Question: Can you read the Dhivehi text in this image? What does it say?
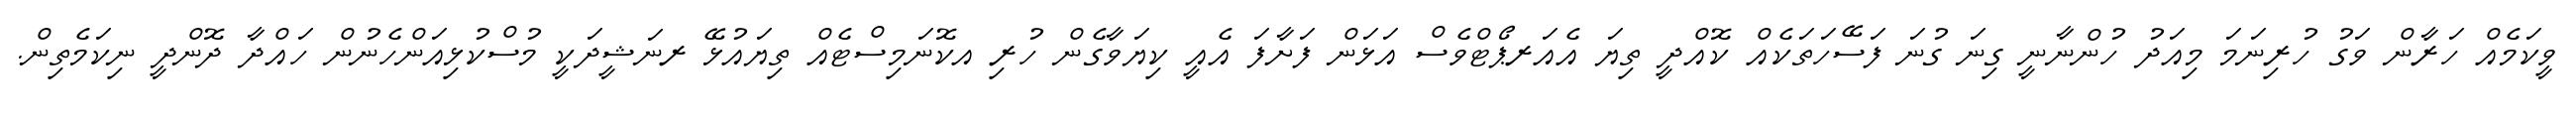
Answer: ވީކަމެއް ހަރާން ވަގު ހުރިނަމަ މިއަދު ހުންނާނީ ގިނަ ގުނަ ފަސޭހަތަކެއް ކޮއްދީ ތިޔަ އެއަރޕޯޓްވެސް އަޅަން ފަށާފަ އެއީ ކިޔަވާގެން ހުރި އކޮނަމިސްޓެއް ތިޔައުޅޭ ރނަޝީދަކީ މުސްކުޅިއަންހެނުން ހައްދާ ދޮންދީ ނިކަމެތިން.